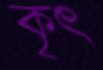
কৃৎ